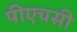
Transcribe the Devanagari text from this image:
पीएचसी